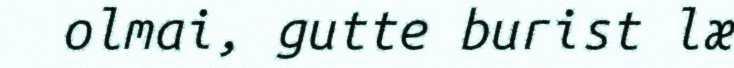
olmai, gutte burist læ